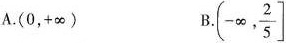
A.(0，+\infty) B.(-\infty， \frac{2}{5}]